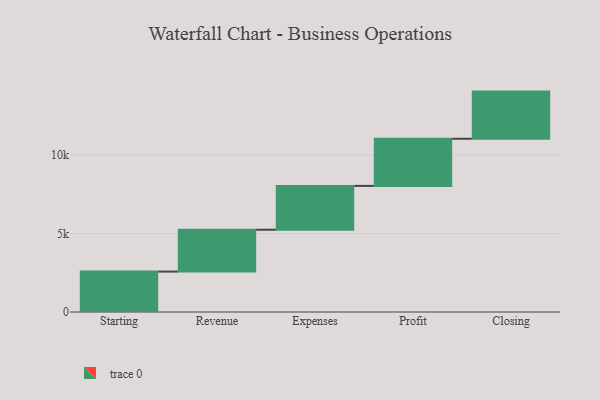
{"axis": {"x": "Step", "y": "Value"}, "legend": [""], "data": [{"x": "Starting", "y": 2571.0, "type": ""}, {"x": "Revenue", "y": 2663.0, "type": ""}, {"x": "Expenses", "y": 2789.0, "type": ""}, {"x": "Profit", "y": 3000, "type": ""}, {"x": "Closing", "y": 3000, "type": ""}]}